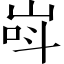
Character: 㟕